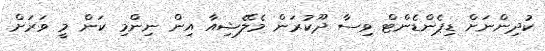
ކުދިންނަށް ޑިޕެންޑެންޓް ވިސާ ދޫކުރަން މެލޭޝިއާ އިން ނިންމި ކަން މީ ވަރަށް